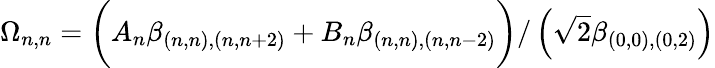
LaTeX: \begin{array}{r}{\Omega_{n,n}=\bigg(A_{n}\beta_{(n,n),(n,n+2)}+B_{n}\beta_{(n,n),(n,n-2)}\bigg)/\left(\sqrt{2}\beta_{(0,0),(0,2)}\right)}\end{array}